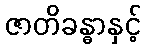
ဇာတိခန္ဓာနှင့်